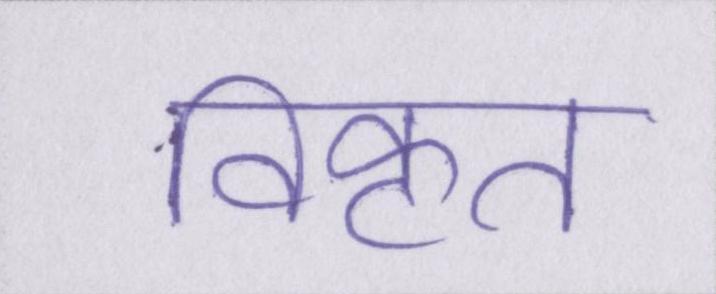
विकृत